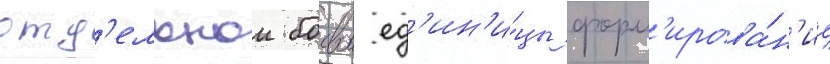
отд'ельнои боевои ед'ин'и́цы форм'ирова́н'ие